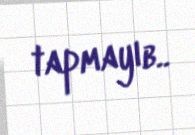
tapmayıb..